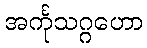
အင်္ကုသဂ္ဂဟော